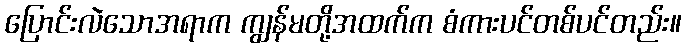
ပြောင်းလဲသောအရာက ကျွန်မတို့အထက်က စံကားပင်တစ်ပင်တည်း။